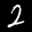
Label: 2